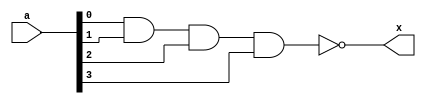
`timescale 1ns/1ns
module nand_prim(a,x);

input [3:0] a;
output x;

//nand U0(x, a);
nand U0(x, a[0], a[1], a[2], a[3]);

endmodule